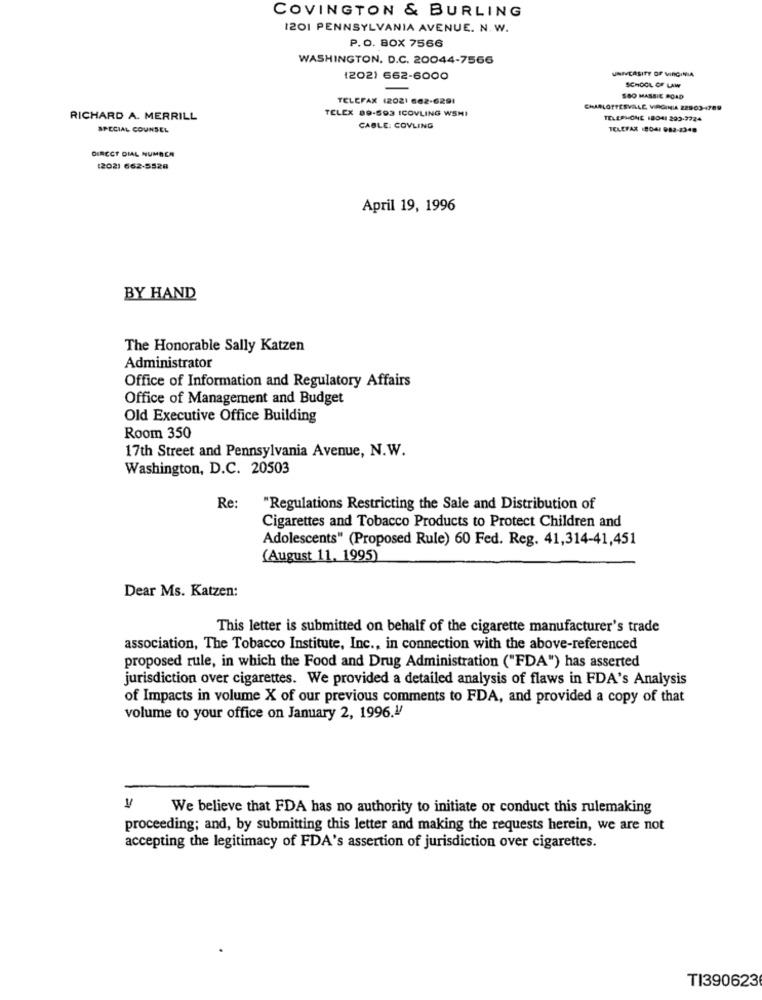
COVINGTON & BURLING
1201 PENNSYLVANIA AVENUE. N. W.
P.O. BOX 7566
WASHINGTON, D.C. 20044-7566
UNIVERSITY OF VIRGINIA
(202) 662-6000
SCHOOL OF LAW
TELEFAX (2021 662-6291
SOO MASSIE ROAD
ARLOTTESVILLE, VIRGINIA 22903-4769
RICHARD A. MERRILL
TELEX 89-593 ICOVLING WSHI
TELEPHONE 18041 200-9724
SPECIAL COUNSEL
CABLE: COVLING
TELEFAX 18041 982-2348
DIRECT DIAL NUMBCA
(202) 662-5528
April 19, 1996
BY HAND
The Honorable Sally Katzen
Administrator
Office of Information and Regulatory Affairs
Office of Management and Budget
Old Executive Office Building
Room 350
17th Street and Pennsylvania Avenue, N.W.
Washington, D.C. 20503
Re:
"Regulations Restricting the Sale and Distribution of
Cigarettes and Tobacco Products to Protect Children and
Adolescents" (Proposed Rule) 60 Fed. Reg. 41,314-41,451
(August 11, 1995)
Dear Ms. Katzen:
This letter is submitted on behalf of the cigarette manufacturer's trade
association, The Tobacco Institute, Inc ., in connection with the above-referenced
proposed rule, in which the Food and Drug Administration ("FDA") has asserted
jurisdiction over cigarettes. We provided a detailed analysis of flaws in FDA's Analysis
of Impacts in volume X of our previous comments to FDA, and provided a copy of that
volume to your office on January 2, 1996.4
V
We believe that FDA has no authority to initiate or conduct this rulemaking
proceeding; and, by submitting this letter and making the requests herein, we are not
accepting the legitimacy of FDA's assertion of jurisdiction over cigarettes.
TI390623